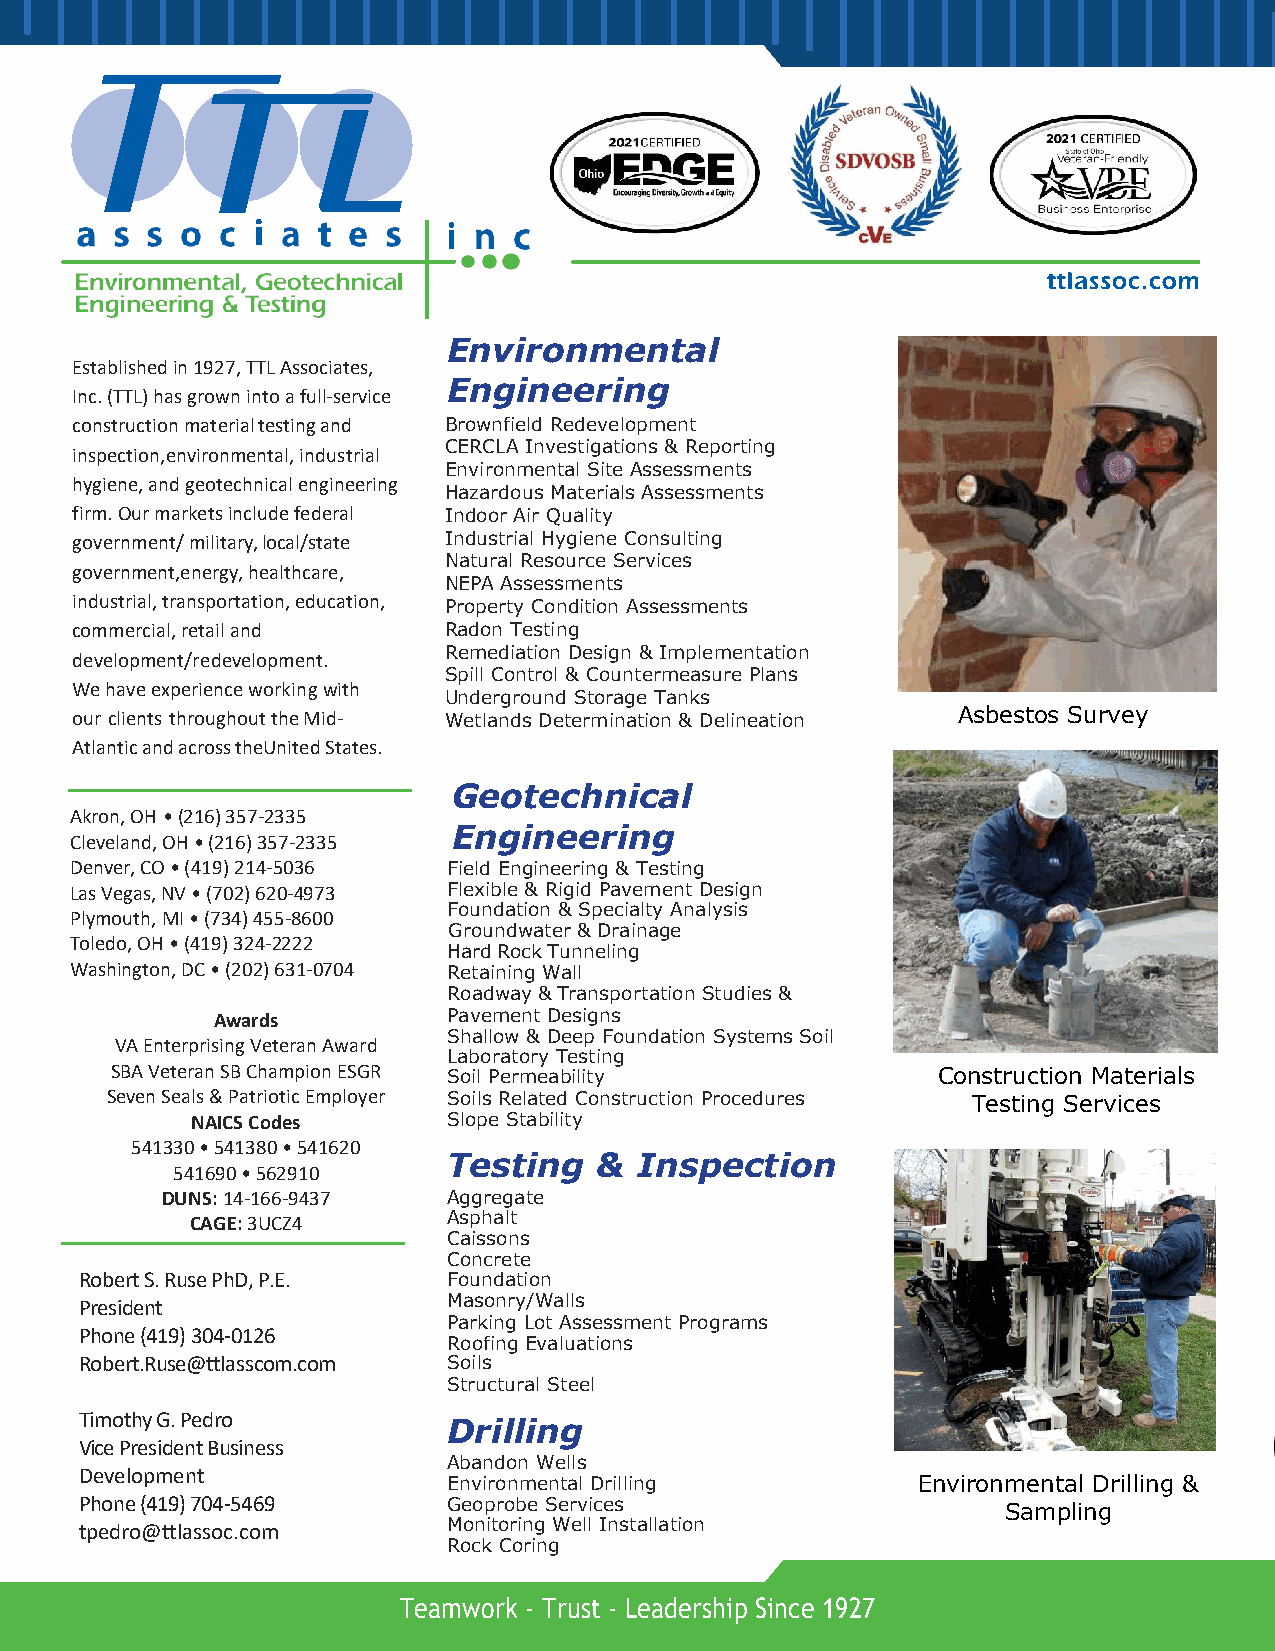
Environmental
 Established in 1927, TTL Associates,
 Engineering
 Inc. (TTL) has grown into a full-service
 construction material testing and B rownfield Redevelopment
 CERCLA Investigations & Reporting
 inspection, environmental, industrial
 Environmental Site Assessments
 hygiene, and geotechnical engineering
 Hazardous Materials Assessments
 firm. Our markets include federal Indoor Air Quality
 government/ military, local/state Industrial Hygiene Consulting
 Natural Resource Services
 government, energy, healthcare,
 NEPA Assessments
 industrial, transportation, education, P roperty Condition Assessments
 commercial, retail and  Radon Testing
 Remediation Design & Implementation
 development/redevelopment.
 S pill Control & Countermeasure Plans
 We have experience working with
 U nderground Storage Tanks
 our clients throughout the Mid- W etlands Determination & Delineation Asbestos Survey
 Atlantic and across the United States.
 Geotechnical
 Akron, OH • (216) 357-2335
 Engineering
 Cleveland, OH • (216) 357-2335
 Denver, CO • (419) 214-5036 Field Engineering & Testing
 Las Vegas, NV • (702) 620-4973 Flexible & Rigid Pavement Design
 Foundation & Specialty Analysis
 Plymouth, MI • (734) 455-8600
 Groundwater & Drainage
 Toledo, OH • (419) 324-2222
 Hard Rock Tunneling
 Washington, DC • (202) 631-0704 Retaining Wall
 Roadway & Transportation Studies &
 Awards          Pavement Designs
 Shallow & Deep Foundation Systems Soil
 VA Enterprising Veteran Award
 Laboratory Testing
 SBA Veteran SB Champion ESGR Soil Permeability         Construction Materials
 Seven Seals & Patriotic Employer Soils Related Construction Procedures Testing Services
 NAICS Codes      Slope Stability
 541330 • 541380 • 541620
 Testing  &  Inspection
 541690 • 562910
 DUNS: 14-166-9437  Aggregate
 CAGE: 3UCZ4      Asphalt
 Caissons
 Concrete
 Robert S. Ruse PhD , P.E. Foundation
 President                Masonry/Walls
 Parking Lot Assessment Programs
 Phone (419) 304-0126
 Roofing Evaluations
 Robert.Ruse@ttlasscom.com Soils
 Structural Steel
 Timothy G. Pedro
 Drilling
 Vice President Business
 Abandon Wells
 Development
 Environmental Drilling         Environmental Drilling &
 Phone (419) 704-5469     Geoprobe Services
 Sampling
 tpedro@ttlassoc.com      Monitoring Well Installation
 Rock Coring
 Teamwork - Trust - Leadership Since 1927